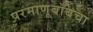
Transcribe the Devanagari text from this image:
परमाणूबाँबचा